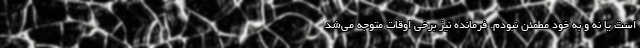
است یا نه و به خود مطمئن نبودم. فرمانده نیز برخی اوقات متوجه می‌شد